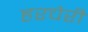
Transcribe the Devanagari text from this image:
हरचेरी